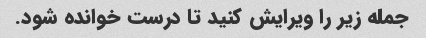
جمله زیر را ویرایش کنید تا درست خوانده شود.